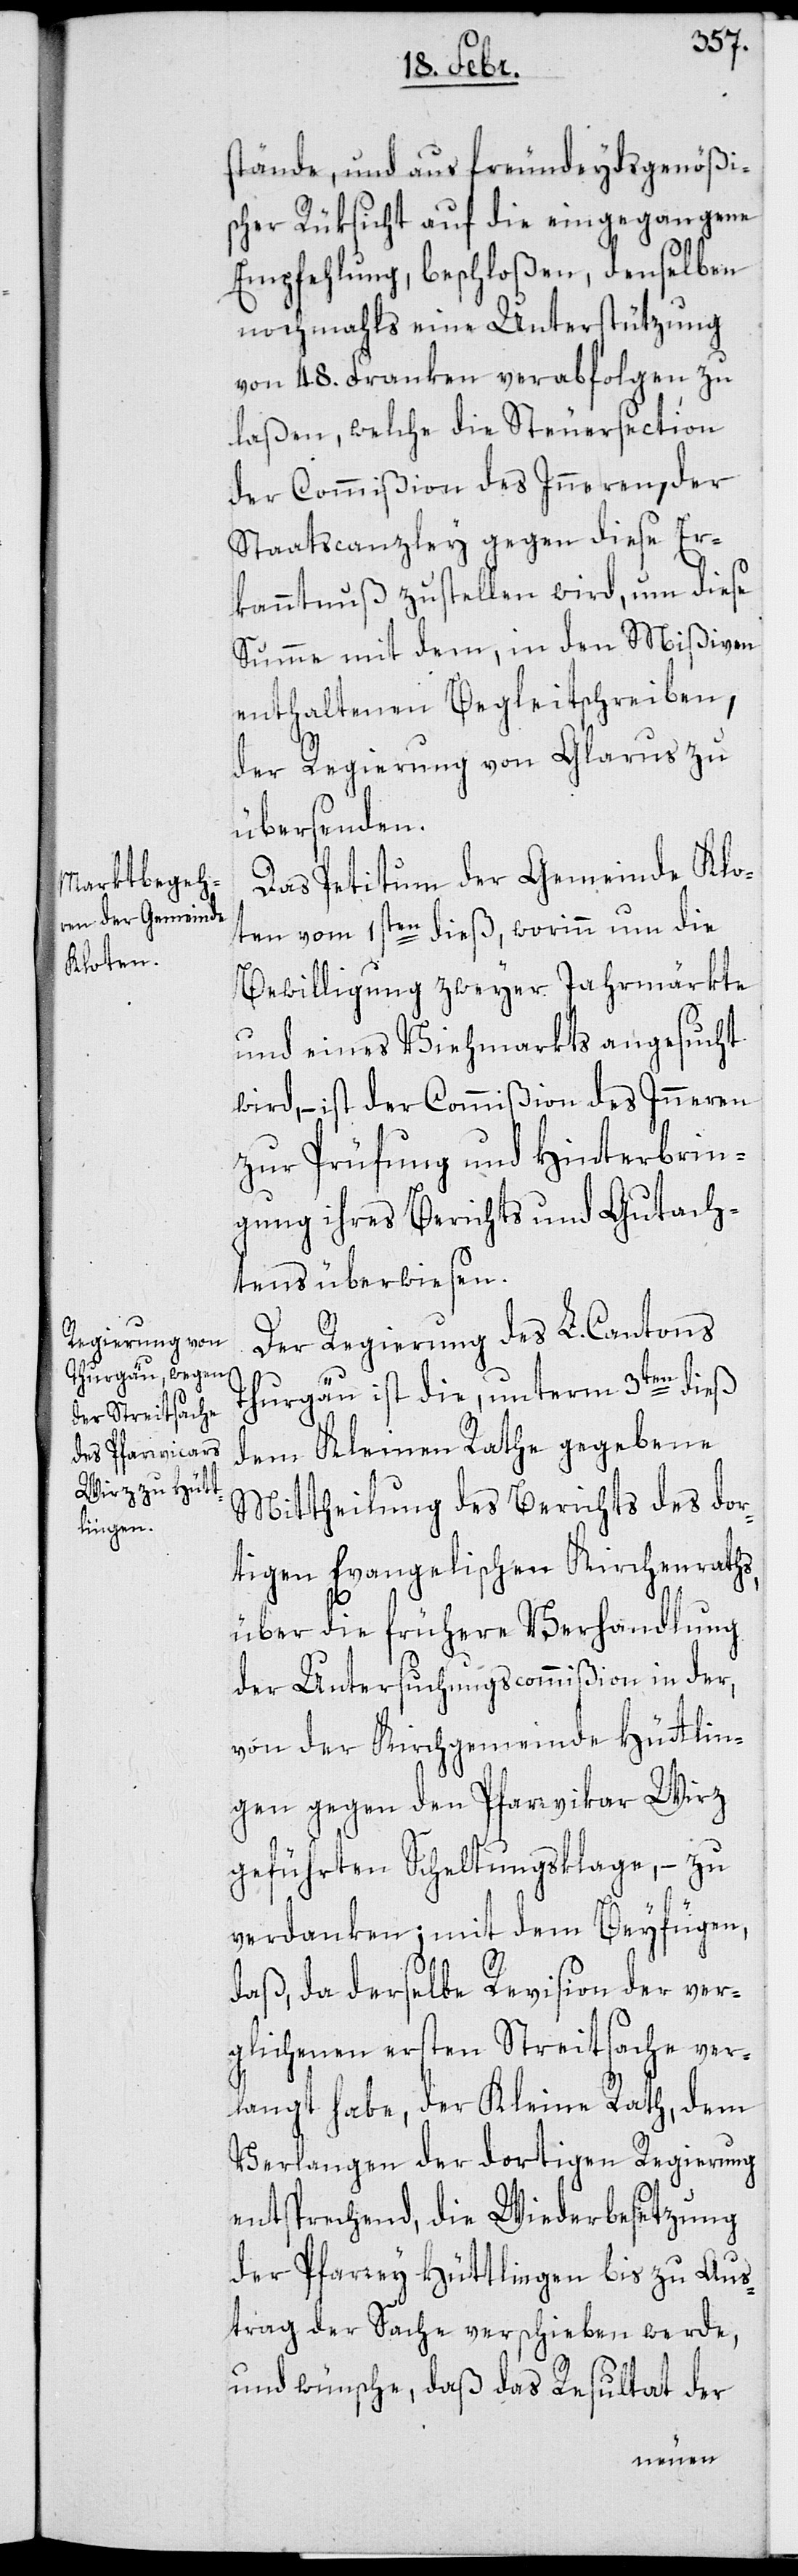
stände, und aus freundeydsgenößi¬
scher Rüksicht auf die eingegangene
Empfehlung, beschloßen, denselben
nochmahls eine Unterstützung
von 48. Franken verabfolgen zu
laßen, welche die Steuersection
der Commißion des Inneren, der
Staatscanzley gegen diese Er¬
kanntnuß zustellen wird, um diese
Summe mit dem, in den Mißiven
enthaltenen Begleitschreiben,
der Regierung von Glarus zu
übersenden.
Das Petitum der Gemeinde Klo¬
ten vom 1sten dieß, worinn um die
Bewilligung zweyer Jahrmärkte
und eines Viehmarkts angesucht
wird, – ist der Commißion des Inneren
zur Prüfung und Hinterbrin¬
gung ihres Berichts und Gutach¬
tens überwiesen.
Der Regierung des L. Cantons
Thurgäu ist die, unterm 3ten dieß
dem Kleinen Rathe gegebene
Mittheilung des Berichts des dor¬
tigen Evangelischen Kirchenraths,
über die frühere Verhandlung
der Untersuchungscommißion in der,
von der Kirchgemeinde Hüttlin¬
gen gegen den Pfarrvicar Wirz
geführten Scheltungsklage, – zu
verdanken; mit dem Beyfügen,
daß, da derselbe Revision der ver¬
glichenen ersten Streitsache ver¬
langt habe, der Kleine Rath, dem
Verlangen der dortigen Regierung
entsprechend, die Wiederbesetzung
der Pfarrey Hüttlingen bis zu Aus¬
trag der Sache verschieben werde,
und wünsche, daß das Resultat der